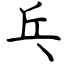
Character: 乓